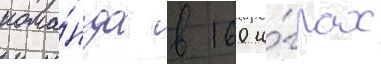
кома́нда в 160 и́грах